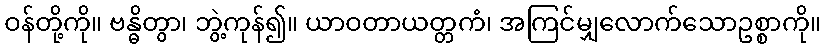
ဝန်တို့ကို။ ဗန္ဓိတွာ၊ ဘွဲ့ကုန်၍။ ယာဝတာယတ္တကံ၊ အကြင်မျှလောက်သောဥစ္စာကို။